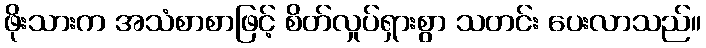
ဖိုးသားက အသံစာစာဖြင့် စိတ်လှုပ်ရှားစွာ သတင်း ပေးလာသည်။